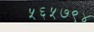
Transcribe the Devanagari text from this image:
५६५७९४